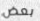
بعض